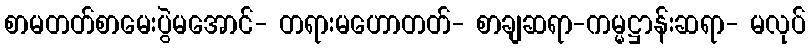
စာမတတ်စာမေးပွဲမအောင်- တရားမဟောတတ်- စာချဆရာ-ကမ္မဋ္ဌာန်းဆရာ- မလုပ်